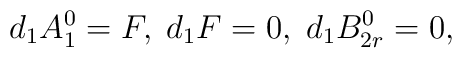
d_1 A^0_1 = F, \; d_1 F = 0, \; d_1 B^0_{2r} = 0,